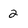
Character: 2